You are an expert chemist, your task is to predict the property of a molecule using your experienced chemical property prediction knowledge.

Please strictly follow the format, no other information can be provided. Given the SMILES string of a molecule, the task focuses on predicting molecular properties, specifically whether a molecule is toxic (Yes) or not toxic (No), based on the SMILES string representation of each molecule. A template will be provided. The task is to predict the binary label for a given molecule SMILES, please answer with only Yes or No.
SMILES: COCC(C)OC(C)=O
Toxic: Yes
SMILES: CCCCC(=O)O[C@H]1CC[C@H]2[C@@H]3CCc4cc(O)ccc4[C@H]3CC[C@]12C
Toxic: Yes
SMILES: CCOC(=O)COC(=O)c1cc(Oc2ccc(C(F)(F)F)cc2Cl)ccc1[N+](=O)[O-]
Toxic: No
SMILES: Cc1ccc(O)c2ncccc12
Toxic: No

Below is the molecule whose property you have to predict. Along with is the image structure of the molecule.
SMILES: C#CCN(C)CCCOc1ccc(Cl)cc1Cl
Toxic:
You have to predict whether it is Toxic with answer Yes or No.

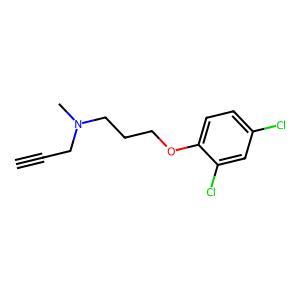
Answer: No